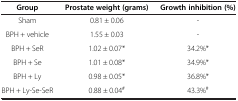
<table><thead><tr><td><b>Group</b></td><td><b>Prostate weight (grams)</b></td><td><b>Growth inhibition (%)</b></td></tr></thead><tbody><tr><td>Sham</td><td>0.81 ± 0.06</td><td>-</td></tr><tr><td>BPH + vehicle</td><td>1.55 ± 0.03</td><td>-</td></tr><tr><td>BPH + SeR</td><td>1.02 ± 0.07*</td><td>34.2%*</td></tr><tr><td>BPH + Se</td><td>1.01 ± 0.08*</td><td>34.9%*</td></tr><tr><td>BPH + Ly</td><td>0.98 ± 0.05*</td><td>36.8%*</td></tr><tr><td>BPH + Ly-Se-SeR</td><td>0.88 ± 0.04<sup>#</sup></td><td>43.3%<sup>#</sup></td></tr></tbody></table>